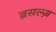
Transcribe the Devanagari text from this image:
ब्रसल्ज़